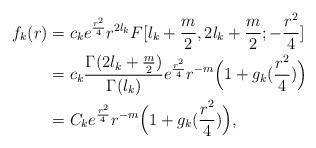
LaTeX: \begin{align*} f_k(r)& = c_k e^{\frac{r^2}{4}} r^{2l_k} F[l_k + \frac{m}{2}, 2l_k + \frac{m}{2}; -\frac{r^2}{4}]\\&=c_k\frac{\Gamma(2l_k + \frac{m}{2})}{\Gamma(l_k)}e^{\frac{r^2}{4}}r^{-m}\Big(1+g_k(\frac{r^2}{4})\Big) \\&= C_ke^{\frac{r^2}{4}}r^{-m}\Big(1+g_k(\frac{r^2}{4})\Big),\end{align*}